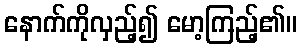
နောက်ကိုလှည့်၍ မော့ကြည့်၏။